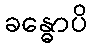
ခန္ဓောပိ